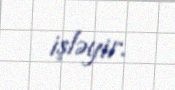
işləyir.